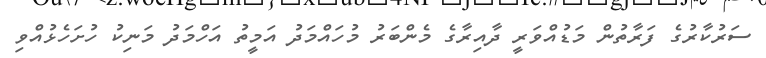
ސަރުކާރުގެ ފަރާތުން މަޑުއްވަރީ ދާއިރާގެ މެންބަރު މުހައްމަދު އަމީތު އަހްމަދު މަނިކު ހުށަހެޅުއްވި